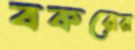
বকরের